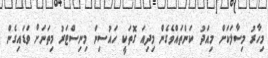
މިހާރު މިސާލަކަށް މިއަދު ކަންތައްވެގެން މިދިއަ ގޮތަކީ ހައުސިން މިނިސްޓަރު މިތަނަށް ވަޑައިގެން